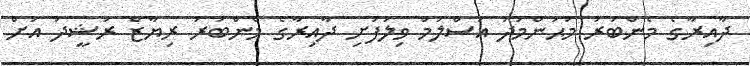
ދާއިރާގެ މެންބަރު މުޙަންމަދު އަސްލަމް ވިލުފުށި ދާއިރާގެ މެންބަރު ރިޔާޒް ރަޝީދު އަށް